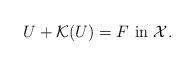
LaTeX: \begin{align*}U + {\cal K} (U) = F \mbox{ in } {\cal X}.\end{align*}